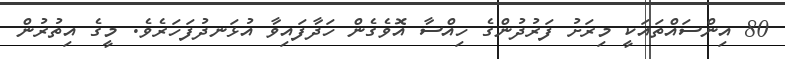
80 އިންސައްތައަކީ މިރަށު ފަރުދުންގެ ހިއްސާ އޮވެގެން ހަދާފައިވާ އުޅަނދުފަހަރެވެ. މީގެ އިތުރުން